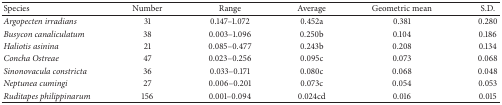
<table><thead><tr><td><b>Species</b></td><td><b>Number</b></td><td><b>Range</b></td><td><b>Average</b></td><td><b>Geometric mean</b></td><td><b>S.D.</b></td></tr></thead><tbody><tr><td><i>Argopecten irradians </i></td><td>31</td><td>0.147–1.072</td><td>0.452a</td><td>0.381</td><td>0.280</td></tr><tr><td><i>Busycon canaliculatum </i></td><td>38</td><td>0.003–1.096</td><td>0.250b</td><td>0.104</td><td>0.186</td></tr><tr><td><i>Haliotis asinina </i></td><td>21</td><td>0.085–0.477</td><td>0.243b</td><td>0.208</td><td>0.134</td></tr><tr><td><i>Concha Ostreae </i></td><td>47</td><td>0.023–0.256</td><td>0.095c</td><td>0.073</td><td>0.068</td></tr><tr><td><i>Sinonovacula constricta </i></td><td>36</td><td>0.033–0.171</td><td>0.080c</td><td>0.068</td><td>0.048</td></tr><tr><td><i>Neptunea cumingi </i></td><td>27</td><td>0.006–0.201</td><td>0.073c</td><td>0.054</td><td>0.053</td></tr><tr><td><i>Ruditapes philippinarum </i></td><td>156</td><td>0.001–0.094</td><td>0.024cd</td><td>0.016</td><td>0.015</td></tr></tbody></table>